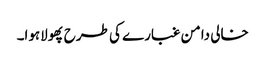
خالی دامن غبارے کی طرح پھولاہوا۔